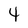
Character: 4